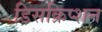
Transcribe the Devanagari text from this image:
डिसक्रिप्शन